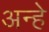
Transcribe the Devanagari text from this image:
अन्हे